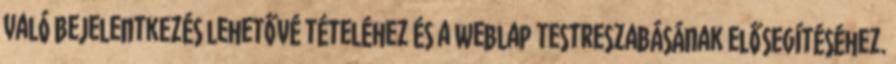
való bejelentkezés lehetővé tételéhez és a weblap testreszabásának elősegítéséhez.